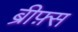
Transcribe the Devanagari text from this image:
ब्रीफ़्स